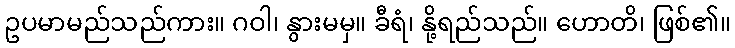
ဥပမာမည်သည်ကား။ ဂဝါ၊ နွားမမှ။ ခီရံ၊ နို့ရည်သည်။ ဟောတိ၊ ဖြစ်၏။